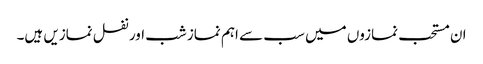
ان مستحب نمازوں میں سب سے اہم نماز شب اور نفل نمازیں ہیں۔